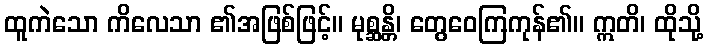
ထူကဲသော ကိလေသာ ၏အဖြစ်ဖြင့်။ မုစ္ဆန္တိ၊ တွေဝေကြကုန်၏။ ဣတိ၊ ထိုသို့